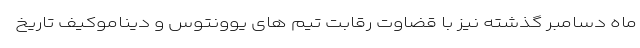
ماه دسامبر گذشته نیز با قضاوت رقابت تیم های یوونتوس و دیناموکیف تاریخ